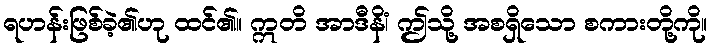
ရဟန်းဖြစ်ခဲ့၏ဟု ထင်၏။ ဣတိ အာဒီနိံ၊ ဤသို့ အစရှိသော စကားတို့ကို။